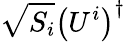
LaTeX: \sqrt{S_{i}}\left(U^{i}\right)^{\dagger}